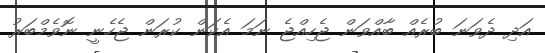
އަދި ދެވަނަ ބުރެއް ބާއްވަން ޖެހިއްޖެ ނަމަ އެކަން ކުރަން ޖެހެނީ ނޮވެމްބަރު